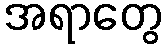
အရာတွေ